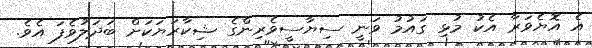
އެ އޮޔެވަރާ އެކު މުޅި ގައުމު ވަނީ ސިޔާސީވެރިންގެ ޝިކާރަޔަކަށް ބަދަލުވެފަ އެވެ.